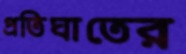
প্রতিঘাতের